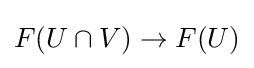
F(U\cap V)\to F(U)